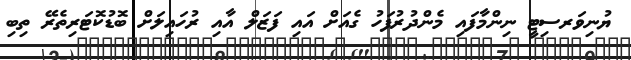
ޔުނިވަރސިޓީ ނިންމާފައި މެންދުރުފަހު ގެއަށް އައި ފަޒަލް އާއި ރުހައިލަށް ބޮޑުކޮޓަރިތެރޭ ތިބި